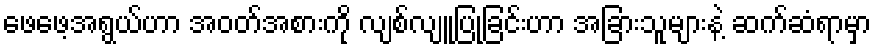
ဖေဖေ့အရွယ်ဟာ အဝတ်အစားကို လျစ်လျူပြုခြင်းဟာ အခြားသူများနဲ့ ဆက်ဆံရာမှာ